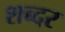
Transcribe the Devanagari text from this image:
शब्दर